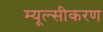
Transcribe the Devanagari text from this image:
म्यूल्सीकरण